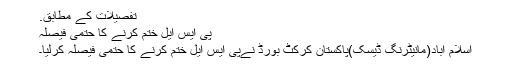
تفصیلات کے مطابق.
پی ایس ایل ختم کرنے کا حتمی فیصلہ
اسلام آباد(مانیٹرنگ ڈیسک)پاکستان کرکٹ بورڈ نےپی ایس ایل ختم کرنے کا حتمی فیصلہ کرلیا۔